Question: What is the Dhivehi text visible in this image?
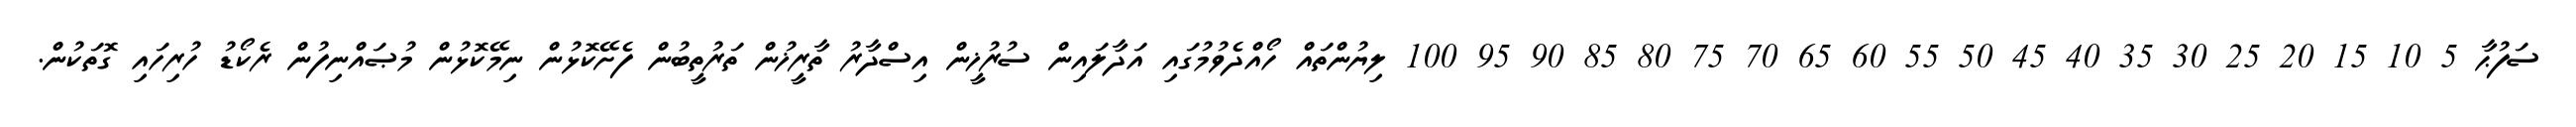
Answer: ސަފުޙާ 5 10 15 20 25 30 35 40 45 50 55 60 65 70 75 80 85 90 95 100 ލިޔުންތައް ހޯއްދެވުމުގައި އަދާލައިން ސުރުޚީން އިސްދާރު ތާރީޚުން ތަރުތީބުން ފެށޭކޮޅުން ނިމޭކޮޅުން މުޞައްނިފުން ރެކޯޑު ހުރިހައި ގޮތަކުން.